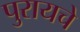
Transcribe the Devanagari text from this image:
पुरायचे